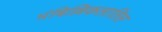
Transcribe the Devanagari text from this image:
मंबिल्लिकलातिल